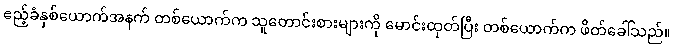
ဧည့်ခံနှစ်ယောက်အနက် တစ်ယောက်က သူတောင်းစားများကို မောင်းထုတ်ပြီး တစ်ယောက်က ဖိတ်ခေါ်သည်။